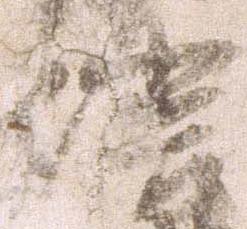
信